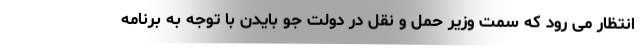
انتظار می رود که سمت وزیر حمل و نقل در دولت جو بایدن با توجه به برنامه